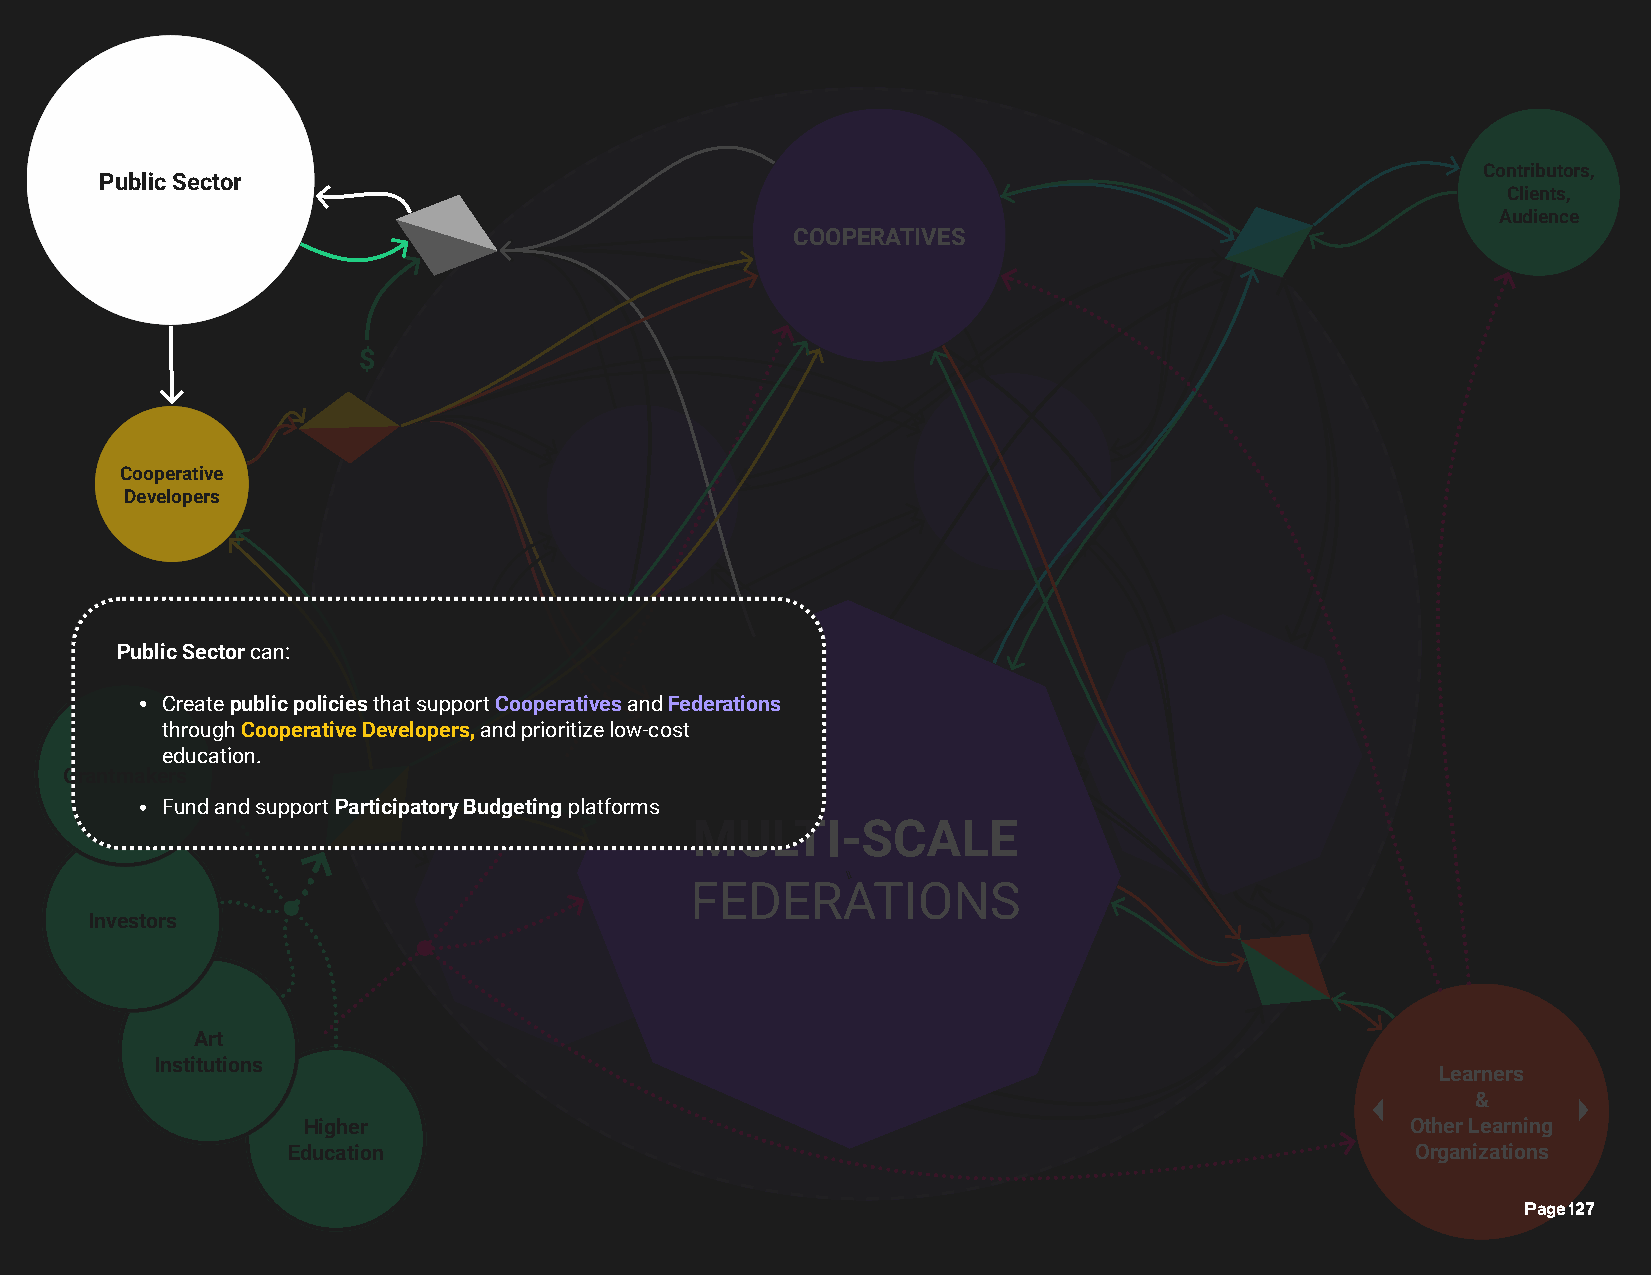
Contributors,
 Public Sector
 Clients,
 Audience
 COOPERATIVES
 $
 Cooperative
 Developers
 Public Sector can:
 Create public policies that support Cooperatives and Federations
 through Cooperative Developers, and prioritize low- cost
 education.
 Grantmakers
 Fund and support Participatory Budgeting platforms
 MULTI-     SCALE
 li
 FEDERATIONS
 Investors
 Art
 Individual
 Institutions                                                                         Learners
 Learners
 &
 Schools,
 Higher                                                                   Other LeaIrnnstiintugtio ns
 Education                                                                  OLeragrnainng izations
 Collectives
 Page 127